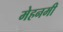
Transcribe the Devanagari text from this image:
मेहनमी